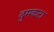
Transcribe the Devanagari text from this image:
दुमकटा